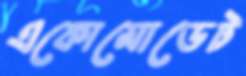
একোমোডেট